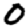
Digit: 0